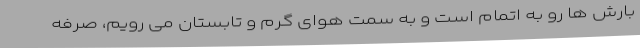
بارش ها رو به اتمام است و به سمت هوای گرم و تابستان می رویم، صرفه